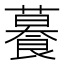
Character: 𦿉